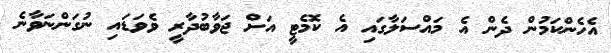
އެހެންކަމުން ދެން އެ މައްސަލާގައި އެ ކޮމެޓީ އަށް ޖަވާބުދާރީ ވެވަޑައި ނުގަންނަވާނެ